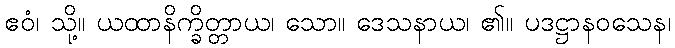
ဧဝံ၊ သို့။ ယထာနိက္ခိတ္တာယ၊ သော။ ဒေသနာယ၊ ၏။ ပဒဋ္ဌာနဝသေန၊